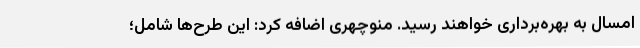
امسال به بهره‌برداری خواهند رسید. منوچهری اضافه کرد: این طرح‌ها شامل؛